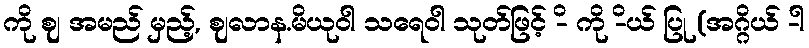
ကို ဈ အမည် မှည့်, ဈလာန.မိယုဝါ သရေဝါ သုတ်ဖြင့် -ိ ကို -ိယ် ပြု (အဂ္ဂိယ် -ါ